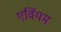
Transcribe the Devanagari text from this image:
एर्वियम